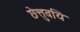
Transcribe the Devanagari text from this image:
छेत्तुवयि